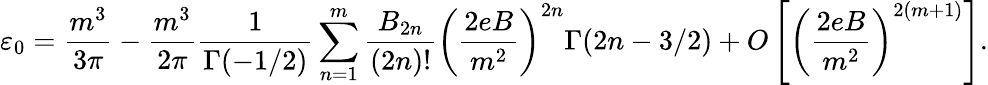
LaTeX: \varepsilon_{0}=\frac{m^{3}}{3\pi}-\frac{m^{3}}{2\pi}\frac{1}{\Gamma(-1/2)}\sum_{n=1}^{m}\frac{B_{2n}}{(2n)!}\left(\frac{2eB}{m^{2}}\right)^{2n}\Gamma(2n-3/2)+O\left[\left(\frac{2eB}{m^{2}}\right)^{2(m+1)}\right].